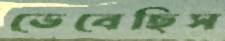
ভেবেছিস